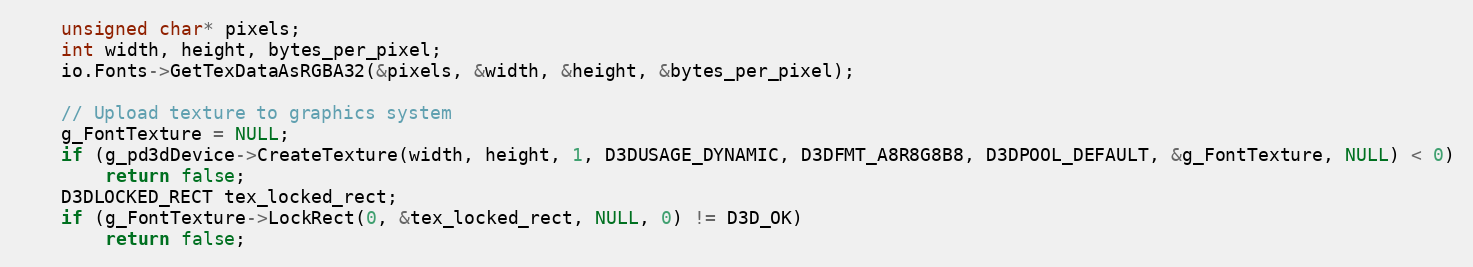
Language: C++
    unsigned char* pixels;
    int width, height, bytes_per_pixel;
    io.Fonts->GetTexDataAsRGBA32(&pixels, &width, &height, &bytes_per_pixel);

    // Upload texture to graphics system
    g_FontTexture = NULL;
    if (g_pd3dDevice->CreateTexture(width, height, 1, D3DUSAGE_DYNAMIC, D3DFMT_A8R8G8B8, D3DPOOL_DEFAULT, &g_FontTexture, NULL) < 0)
        return false;
    D3DLOCKED_RECT tex_locked_rect;
    if (g_FontTexture->LockRect(0, &tex_locked_rect, NULL, 0) != D3D_OK)
        return false;